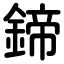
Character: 鍗